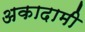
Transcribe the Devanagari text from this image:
अकादामी